Indian journal of veterinary science and animal husbandry - Volumes 24-25, 1954-1955
Year: 1954
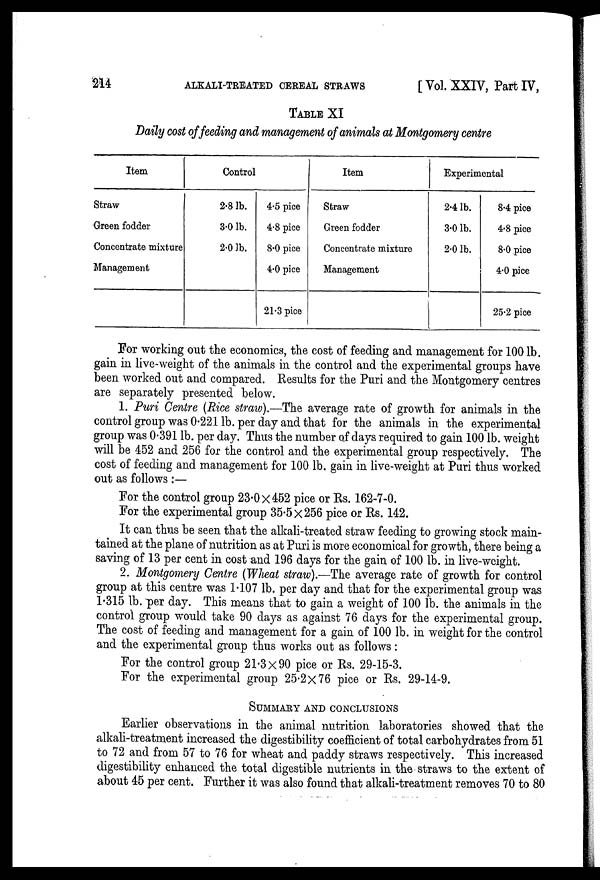
214
ALKALI-TREATED CEREAL STRAWS
[ Vol. XXIV, Part IV,
TABLE XI
Daily cost of feeding and management of animals at Montgomery centre
Item
Straw
Green fodder
Concentrate mixture
Management
Control
2.8 lb.
3.0 lb.
2.0 lb.
4.5 pice
4.8 pice
8.0 pice
4.0 pice
21.3 pice
Item
Straw
Green fodder
Concentrate mixture
Management
Experimental
2.4 lb.
3.0 lb.
2.0 lb.
8.4 pice
4.8 pice
8.0 pice
4.0 pice
25.2 pice
For working out the economics, the cost of feeding and management for 100 lb.
gain in live-weight of the animals in the control and the experimental groups have
been worked out and compared. Results for the Puri and the Montgomery centres
are separately presented below.
1. Puri Centre (Rice straw).—The average rate of growth for animals in the
control group was 0.221 lb. per day and that for the animals in the experimental
group was 0.391 lb. per day. Thus the number of days required to gain 100 lb. weight
will be 452 and 256 for the control and the experimental group respectively. The
cost of feeding and management for 100 lb. gain in live-weight at Puri thus worked
out as follows:—
For the control group 23.0×452 pice or Rs. 162-7-0.
For the experimental group 35.5×256 pice or Rs. 142.
It can thus be seen that the alkali-treated straw feeding to growing stock main-
tained at the plane of nutrition as at Puri is more economical for growth, there being a
saving of 13 per cent in cost and 196 days for the gain of 100 lb. in live-weight.
2. Montgomery Centre (Wheat straw).—The average rate of growth for control
group at this centre was 1.107 lb. per day and that for the experimental group was
1.315 lb. per day. This means that to gain a weight of 100 lb. the animals in the
control group would take 90 days as against 76 days for the experimental group.
The cost of feeding and management for a gain of 100 lb. in weight for the control
and the experimental group thus works out as follows :
For the control group 21.3×90 pice or Rs. 29-15-3.
For the experimental group 25.2×76 pice or Rs. 29-14-9.
SUMMARY AND CONCLUSIONS
Earlier observations in the animal nutrition laboratories showed that the
alkali-treatment increased the digestibility coefficient of total carbohydrates from 51
to 72 and from 57 to 76 for wheat and paddy straws respectively. This increased
digestibility enhanced the total digestible nutrients in the straws to the extent of
about 45 per cent. Further it was also found that alkali-treatment removes 70 to 80